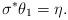
LaTeX: \begin{align*}\sigma^*\theta_1=\eta.\end{align*}